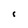
Character: 1